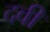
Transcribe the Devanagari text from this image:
दवी